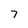
Character: 7